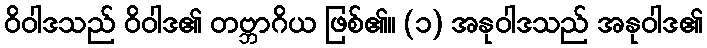
ဝိဝါဒသည် ဝိဝါဒ၏ တဗ္ဘာဂိယ ဖြစ်၏။ (၁) အနုဝါဒသည် အနုဝါဒ၏